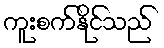
ကူးစက်နိုင်သည်